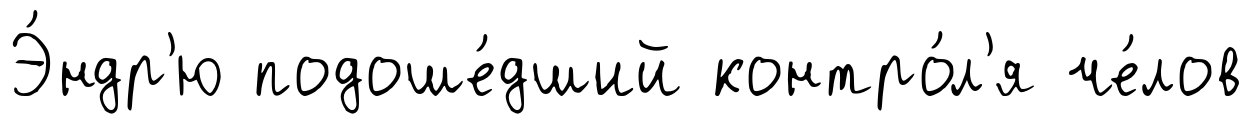
Э́ндр'ю подоше́дший контро́л'я че́лов